Senior Leaving Certificate Examination (including Day School Certificate (Higher) General paper), 1950
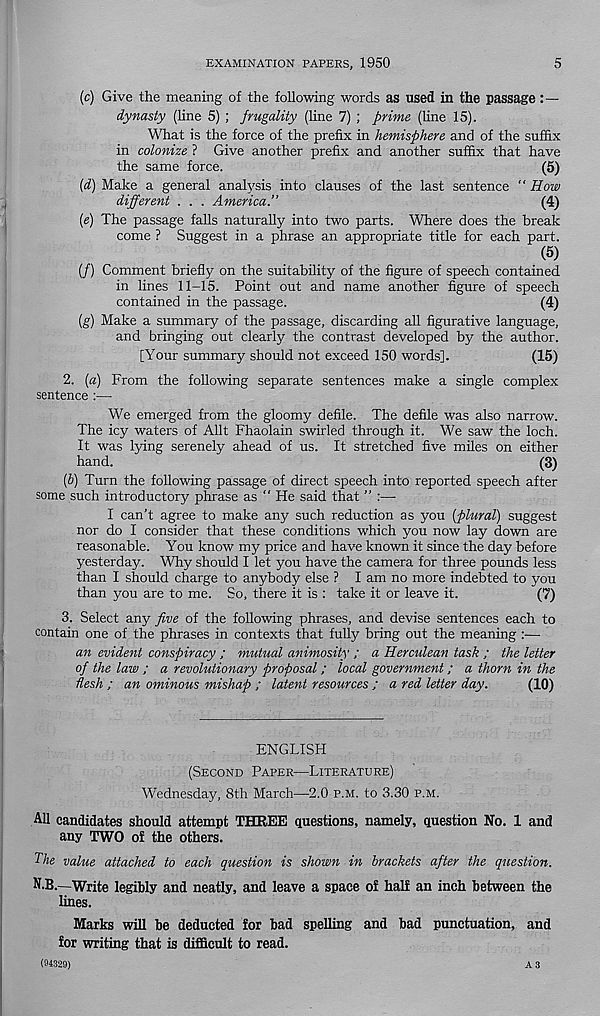
EXAMINATION PAPERS, 1950
5
(c) Give the meaning of the following words as used in the passage
dynasty (line 5) ; frugality (line 7) ; prime (line 15).
What is the force of the prefix in hemisphere and of the suffix
in colonize ? Give another prefix and another suffix that have
the same force.
(5)
(d) Make a general analysis into clauses of the last sentence “How
different . . . America.’’
(4)
(e) The passage falls naturally into two parts. Where does the break
come ? Suggest in a phrase an appropriate title for each part.
(5)
(/) Comment briefly on the suitability of the figure of speech contained
in lines 11-15. Point out and name another figure of speech
contained in the passage.
(4)
(g) Make a summary of the passage, discarding all figurative language,
and bringing out clearly the contrast developed by the author.
[Your summary should not exceed 150 words].
(15)
2. [a) From the following separate sentences make a single complex
sentence :—■
We emerged from the gloomy defile. The defile was also narrow.
The icy waters of Allt Fhaolain swirled through it. We saw the loch.
It was lying serenely ahead of us. It stretched five miles on either
hand.
(3)
(b) Turn the following passage of direct speech into reported speech after
some such introductory phrase as “He said that ’’ :—
I can’t agree to make any such reduction as you {plural) suggest
nor do I consider that these conditions which you now lay down are
reasonable. You know my price and have known it since the day before
yesterday. Why should I let you have the camera for three pounds less
than I should charge to anybody else ? I am no more indebted to you
than you are to me. So, there it is : take it or leave it.
(7)
3. Select any five of the following phrases, and devise sentences each to
contain one of the phrases in contexts that fully bring out the meaning :—
an evident conspiracy ; mutual animosity ; a Herculean task ; the letter
of the law ; a revolutionary proposal; local government; a thorn in the
flesh ; an ominous mishap ; latent resources ; a red letter day.
(10)
ENGLISH
(SECOND PAPER—LITERATURE)
Wednesday, 8th March—2.0 P.M. to 3.30 P.M.
All candidates should attempt THREE questions, namely, question No. 1 and
any TWO of the others.
The value attached to each question is shown in brackets after the question.
N.B.—Write legibly and neatly, and leave a space of half an inch between the
lines.
Marks will be deducted for bad spelling and bad punctuation, and
for writing that is difficult to read.
(94329)
A3